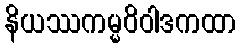
နိယဿကမ္မဝိဝါဒကထာ